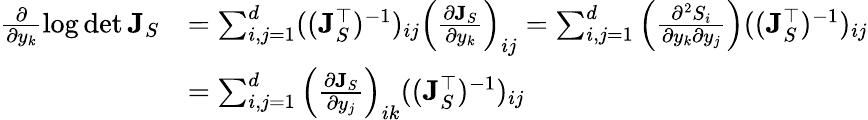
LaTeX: \begin{array}{rl}{\frac{\partial}{\partial y_{k}}\log\operatorname*{det}\mathbf{J}_{S}}&{=\sum_{i,j=1}^{d}((\mathbf{J}_{S}^{\top})^{-1})_{ij}\left(\frac{\partial\mathbf{J}_{S}}{\partial y_{k}}\right)_{ij}=\sum_{i,j=1}^{d}\left(\frac{\partial^{2}S_{i}}{\partial y_{k}\partial y_{j}}\right)((\mathbf{J}_{S}^{\top})^{-1})_{ij}}\\ &{=\sum_{i,j=1}^{d}\left(\frac{\partial\mathbf{J}_{S}}{\partial y_{j}}\right)_{ik}((\mathbf{J}_{S}^{\top})^{-1})_{ij}}\end{array}